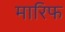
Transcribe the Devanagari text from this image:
मारिफ